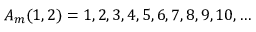
A _ { m } ( 1 , 2 ) = 1 , 2 , 3 , 4 , 5 , 6 , 7 , 8 , 9 , 1 0 , \ldots